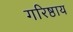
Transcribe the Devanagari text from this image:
गरिष्ठाय